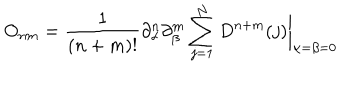
O _ { n m } = { \frac { 1 } { ( n + m ) ! } } \partial _ { \alpha } ^ { n } \partial _ { \beta } ^ { m } \sum _ { j = 1 } ^ { N } D ^ { n + m } ( j ) \biggr | _ { \alpha = \beta = 0 }